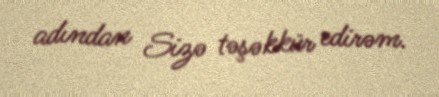
adından Sizə təşəkkür edirəm.